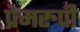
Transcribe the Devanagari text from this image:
प्रेमरुपी